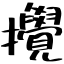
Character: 攪